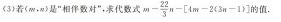
(3)若(m，n)是”相伴数对”，求代数式 m- \frac { 2 2 } { 3 } n - [ 4 m - 2 ( 3 n - 1 ] 的值。